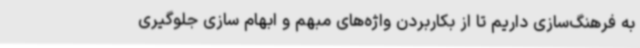
به فرهنگ‌سازی داریم تا از بکاربردن واژه‌های مبهم و ابهام سازی جلوگیری